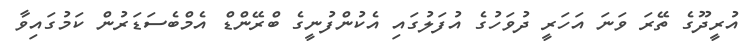
އުރީދޫގެ ތޭރަ ވަނަ އަހަރީ ދުވަހުގެ އުފަލުގައި އެކުންފުނީގެ ބްރޭންޑް އެމްބެސަޑަރުން ކަމުގައިވާ